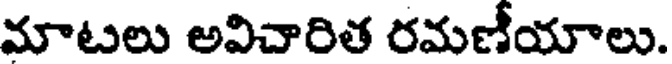
మాటలు అవిచారిత రమణీయాలు.